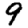
Digit: 9